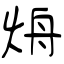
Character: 烐